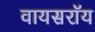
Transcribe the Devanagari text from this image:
वायसराॅय